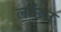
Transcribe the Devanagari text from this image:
लाँछन